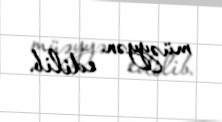
müəyyən edilib.